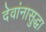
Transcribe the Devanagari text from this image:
देवांनासुद्धा